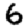
Digit: 6